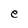
Character: e